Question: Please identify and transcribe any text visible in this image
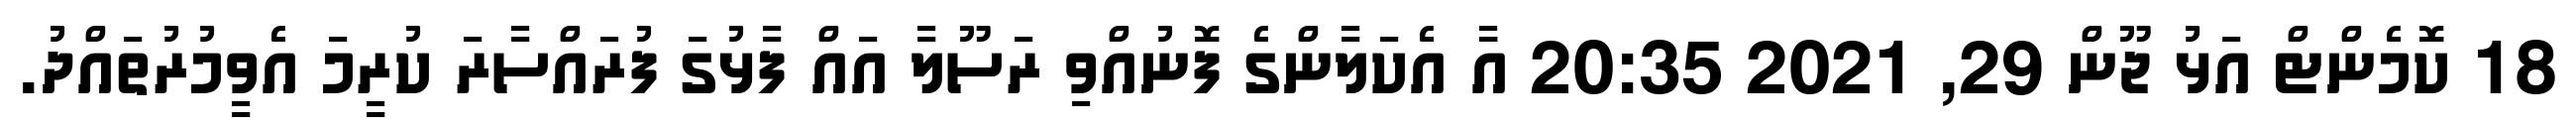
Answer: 18 ކޮމެންޓް އަޅު ޖޫން 29, 2021 20:35 އަާ އެކަލާންގެ ފޮނުއްވި ރަސޫލާ އައް ފާޅުގަ ފުރައްސާރަ ކުރީމަ އެވީމުރުތައްދު.